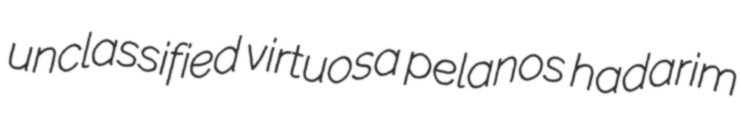
unclassified virtuosa pelanos hadarim